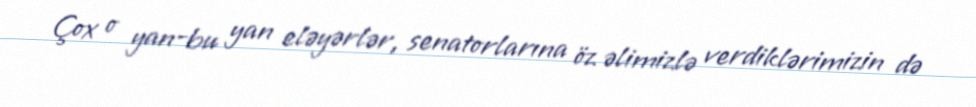
Çox o yan-bu yan eləyərlər, senatorlarına öz əlimizlə verdiklərimizin də